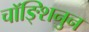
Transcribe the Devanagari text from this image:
चॉङ्शिनुन